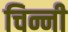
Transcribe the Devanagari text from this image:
चिन्नी